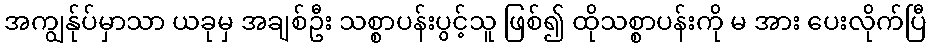
အကျွန်ုပ်မှာသာ ယခုမှ အချစ်ဦး သစ္စာပန်းပွင့်သူ ဖြစ်၍ ထိုသစ္စာပန်းကို မ အား ပေးလိုက်ပြီ